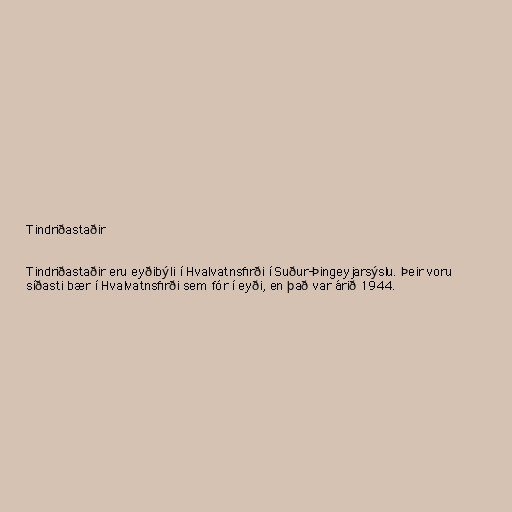
Tindriðastaðir

Tindriðastaðir eru eyðibýli í Hvalvatnsfirði í Suður-Þingeyjarsýslu. Þeir voru
síðasti bær í Hvalvatnsfirði sem fór í eyði, en það var árið 1944.